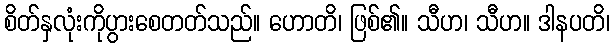
စိတ်နှလုံးကိုပွားစေတတ်သည်။ ဟောတိ၊ ဖြစ်၏။ သီဟ၊ သီဟ။ ဒါနပတိ၊